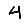
Digit: 4